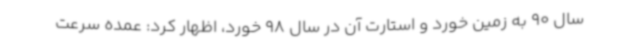
سال 90 به زمین خورد و استارت آن در سال 98 خورد، اظهار کرد: عمده سرعت